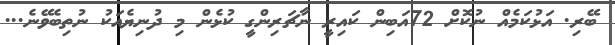
ބޭރި. އަޅުކަމެއް ނުކޮށް 72އަބިން ކައިރީ ނާޗަރިންގީ ކުޅެން މި ދުނިޔެއަކު ނުތިބެވޭނެ...